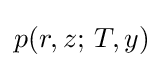
p(r,z;\,T,y)